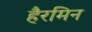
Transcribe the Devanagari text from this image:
हैरमिन